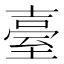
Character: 臺